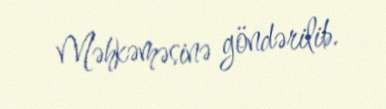
Məhkəməsinə göndərilib.